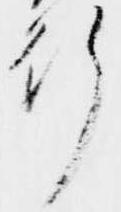
行